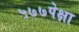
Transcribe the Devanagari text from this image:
५७७पेक्षा